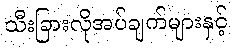
သီးခြားလိုအပ်ချက်များနှင့်